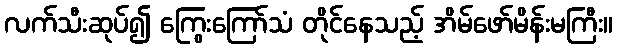
လက်သီးဆုပ်၍ ကြွေးကြော်သံ တိုင်နေသည့် အိမ်ဖော်မိန်းမကြီး။